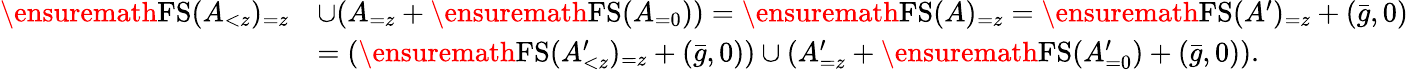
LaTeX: \begin{array}{rl}{\ensuremath{\operatorname{FS}}(A_{<z})_{=z}}&{\cup(A_{=z}+\ensuremath{\operatorname{FS}}(A_{=0}))=\ensuremath{\operatorname{FS}}(A)_{=z}=\ensuremath{\operatorname{FS}}(A^{\prime})_{=z}+(\bar{g},0)}\\ &{=(\ensuremath{\operatorname{FS}}(A_{<z}^{\prime})_{=z}+(\bar{g},0))\cup(A_{=z}^{\prime}+\ensuremath{\operatorname{FS}}(A_{=0}^{\prime})+(\bar{g},0)).}\end{array}